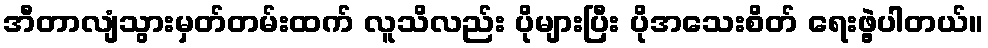
အီတာလျံသွားမှတ်တမ်းထက် လူသိလည်း ပိုများပြီး ပိုအသေးစိတ် ရေးဖွဲ့ပါတယ်။